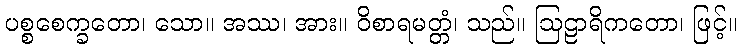
ပစ္စစေက္ခတော၊ သော။ အဿ၊ အား။ ဝိစာရမတ္တံ၊ သည်။ ဩဠာရိကတော၊ ဖြင့်။